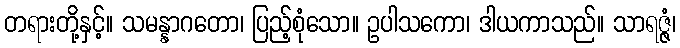
တရားတို့နှင့်။ သမန္နာဂတော၊ ပြည့်စုံသော။ ဥပါသကော၊ ဒါယကာသည်။ သာရဇ္ဇံ၊